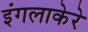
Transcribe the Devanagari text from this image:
इंगलाकेरे